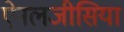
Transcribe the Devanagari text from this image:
ऐनलजीसिया